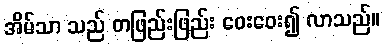
အိမ်သာ သည် တဖြည်းဖြည်း ဝေးဝေး၍ လာသည်။